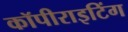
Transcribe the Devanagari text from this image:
कॉपीराइटिंग